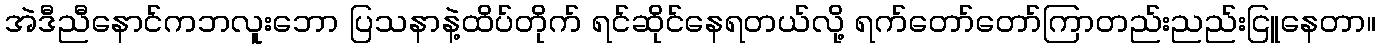
အဲဒီညီနောင်ကဘလူးဘော ပြသနာနဲ့ထိပ်တိုက် ရင်ဆိုင်နေရတယ်လို့ ရက်တော်တော်ကြာတည်းညည်းငြူနေတာ။